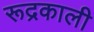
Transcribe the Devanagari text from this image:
रूद्रकाली